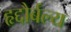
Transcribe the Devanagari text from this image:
हृद्दौर्बल्य